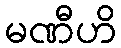
မဏီဟိ